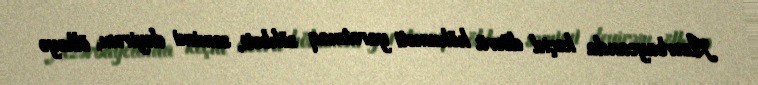
Azərbaycanda keçid dövrü hökuməti yaratmaq söhbəti, səmimi deyirəm, ölkəyə